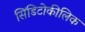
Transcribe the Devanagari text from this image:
सिंडिटोकीलिक